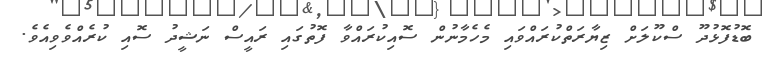
ބޮޑުފޮޅުދޫ ސްކޫލަށް ޒިޔާރަތްކުރައްވައި މެހެމާނުން ސޮއިކުރައްވާ ފޮތުގައި ރައީސް ނަޝީދު ސޮއި ކުރެއްވެވިއެވެ.